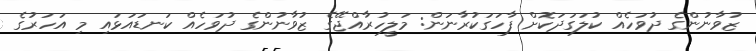
ޒުވާނުންގެ ދުވަހެއް ކުލަގަދަކޮށް ފާހަގަކުރާނަން: މަލީހުރާއްޖޭގެ ޒުވާނުންގެ ދުވަހެއް ކަނޑައަޅައި މި އަހަރުގެ